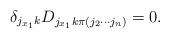
LaTeX: \begin{align*} \delta_{j_{x_1} k} D_{j_{x_1} k \pi(j_2 \cdots j_{n}) } = 0.\end{align*}